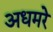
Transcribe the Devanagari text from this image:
अधमरे